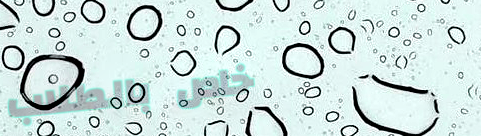
خاص بالطلاب